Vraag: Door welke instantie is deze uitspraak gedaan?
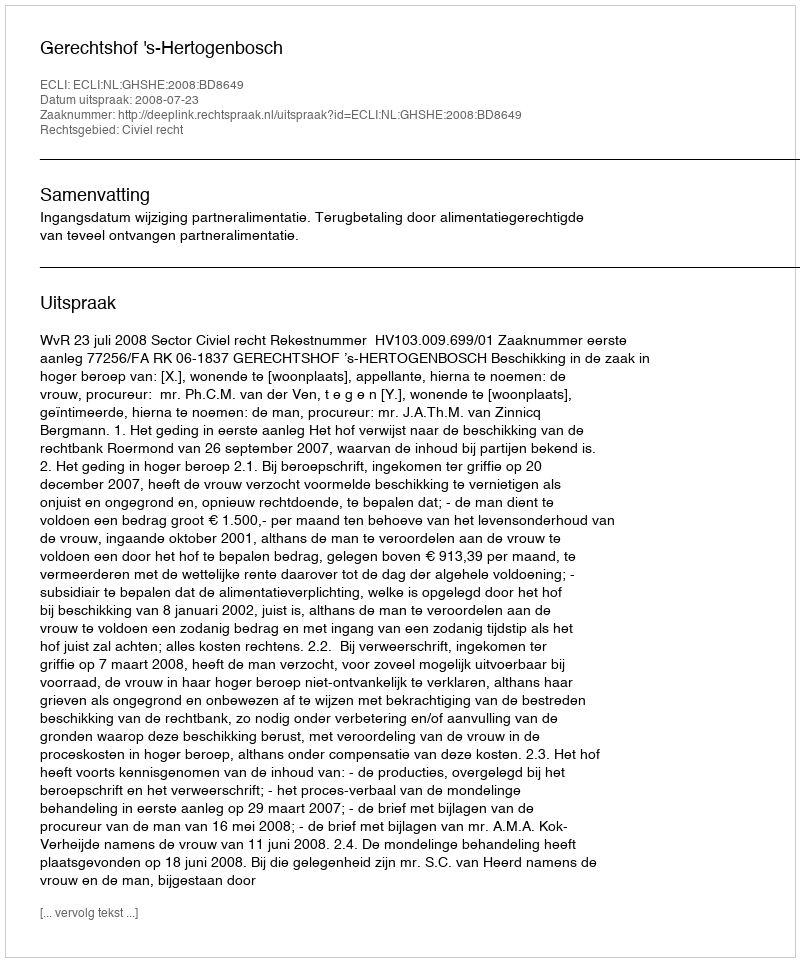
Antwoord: Gerechtshof 's-Hertogenbosch